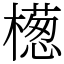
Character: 檧